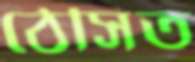
ঠেসিত